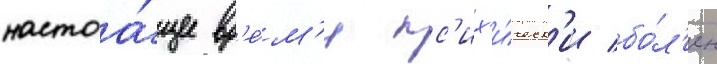
настоа́щее вр'е́м'я пс'их'и́ческ'и бо́л'ен